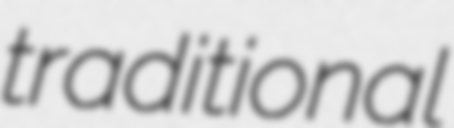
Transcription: traditional